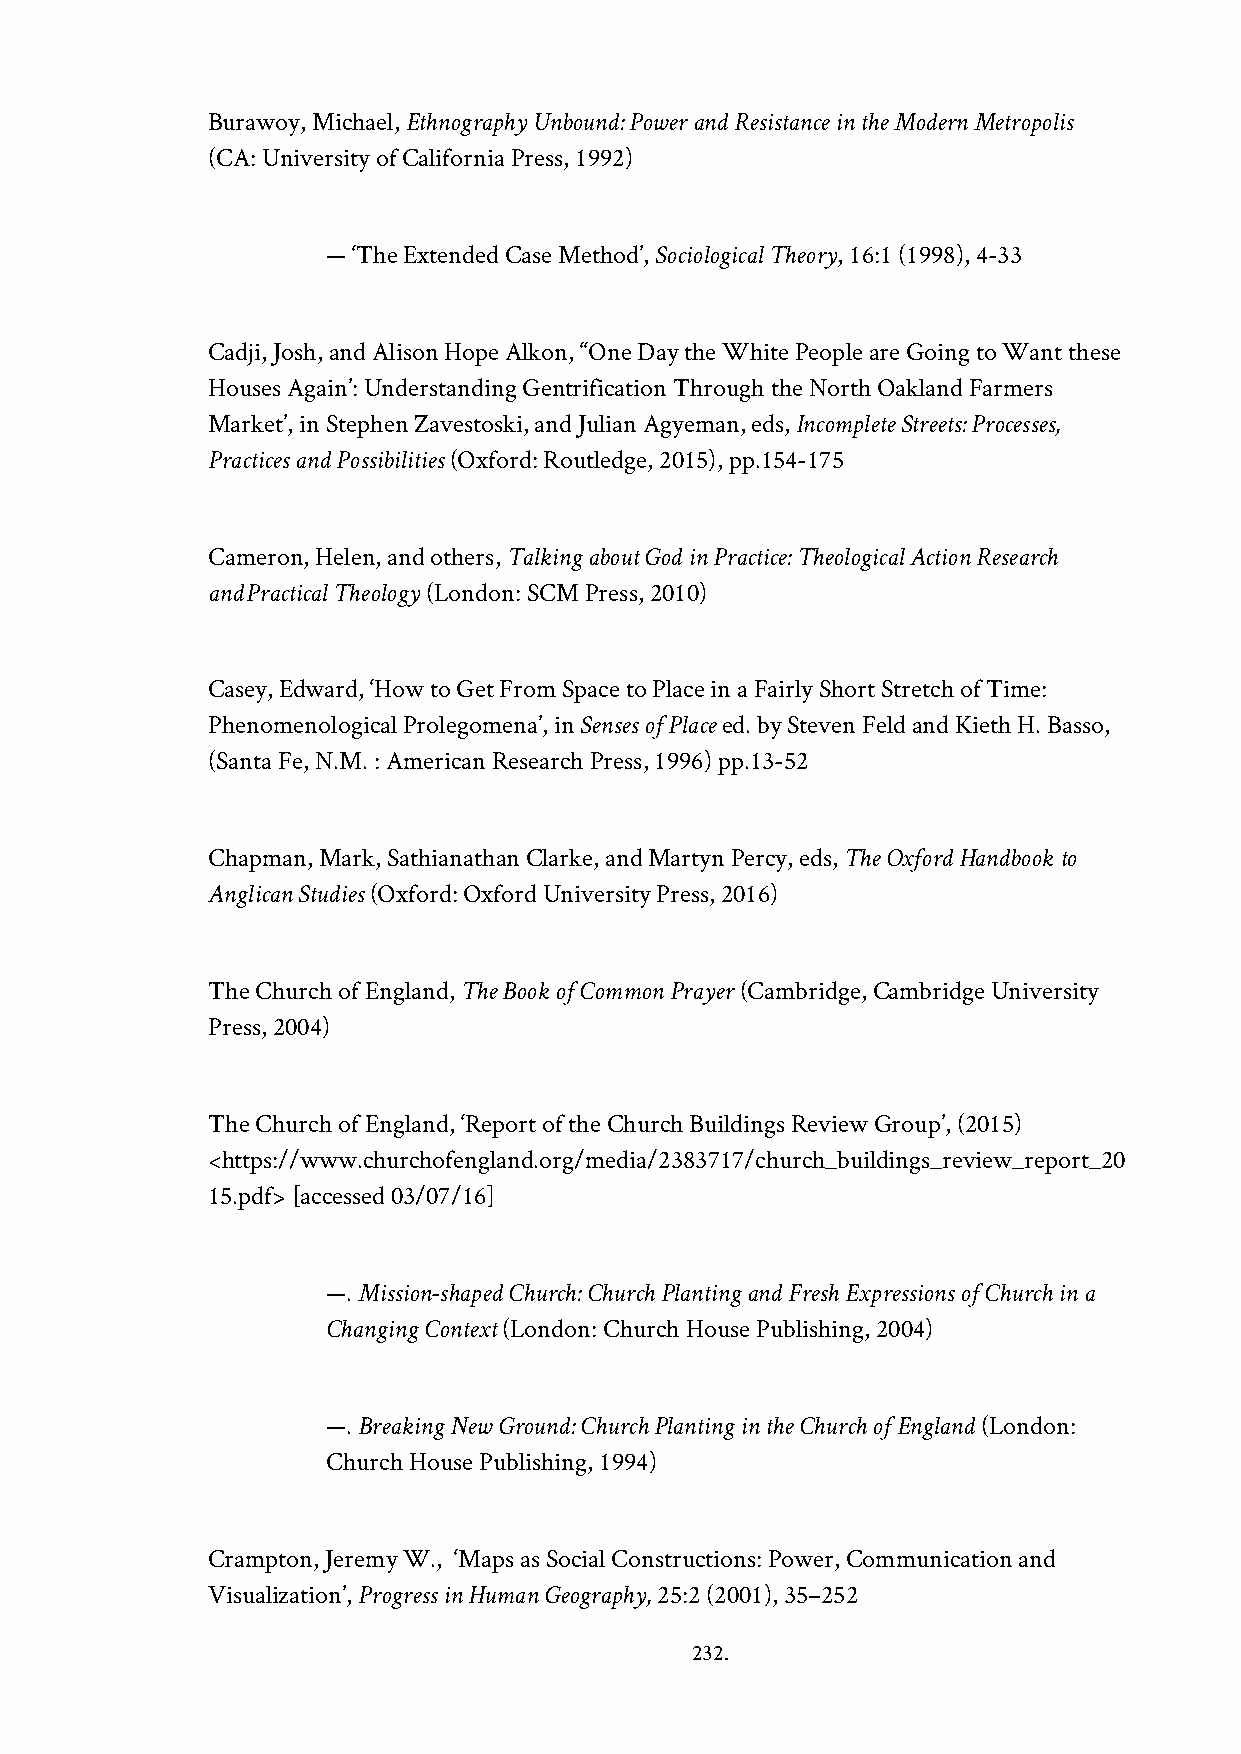
Burawoy, Michael, Ethnography Unbound: Power and Resistance in the Modern Metropolis
 (CA: University of California Press, 1992)
 — ‘The Extended Case Method’, Sociological Theory, 16:1 (1998), 4-33
 Cadji, Josh, and Alison Hope Alkon, ‘‘One Day the White People are Going to Want these
 Houses Again’: Understanding Gentrification Through the North Oakland Farmers
 Market’, in Stephen Zavestoski, and Julian Agyeman, eds, Incomplete Streets: Processes,
 Practices and Possibilities (Oxford: Routledge, 2015), pp.154-175
 Cameron, Helen, and others, Talking about God in Practice: Theological Action Research
 and Practical Theology (London: SCM Press, 2010)
 Casey, Edward, ‘How to Get From Space to Place in a Fairly Short Stretch of Time:
 Phenomenological Prolegomena’, in Senses of Place ed. by Steven Feld and Kieth H. Basso,
 (Santa Fe, N.M. : American Research Press, 1996) pp.13-52
 Chapman, Mark, Sathianathan Clarke, and Martyn Percy, eds, The Oxford Handbook to
 Anglican Studies (Oxford: Oxford University Press, 2016)
 The Church of England, The Book of Common Prayer (Cambridge, Cambridge University
 Press, 2004)
 The Church of England, ‘Report of the Church Buildings Review Group’, (2015)
 <https://www.churchofengland.org/media/2383717/church_buildings_review_report_20
 15.pdf> [accessed 03/07/16]
 —. Mission-shaped Church: Church Planting and Fresh Expressions of Church in a
 Changing Context (London: Church House Publishing, 2004)
 —. Breaking New Ground: Church Planting in the Church of England (London:
 Church House Publishing, 1994)
 Crampton, Jeremy W., ‘Maps as Social Constructions: Power, Communication and
 Visualization’, Progress in Human Geography, 25:2 (2001), 35–252
 232.